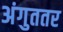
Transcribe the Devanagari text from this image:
अंगुततर